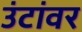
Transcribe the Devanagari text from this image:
उंटांवर